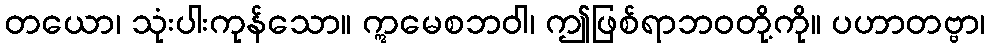
တယော၊ သုံးပါးကုန်သော။ ဣမေစဘဝါ၊ ဤဖြစ်ရာဘဝတို့ကို။ ပဟာတဗ္ဗာ၊